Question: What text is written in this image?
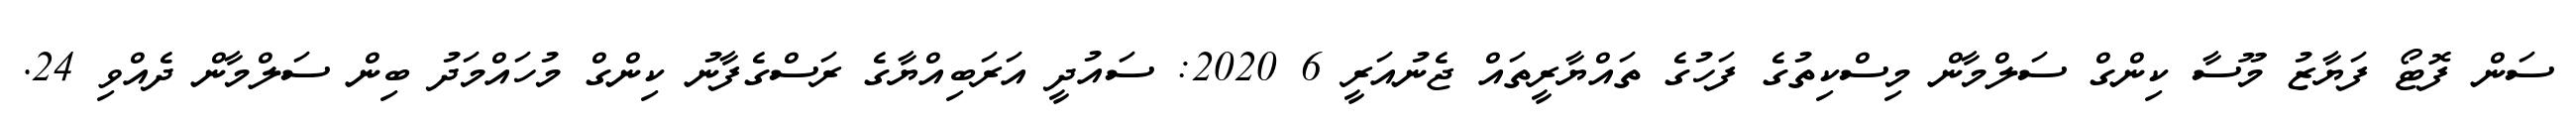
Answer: ސަން ފޮޓޯ ފަޔާޒު މޫސާ ކިންގް ސަލްމާން މިސްކިތުގެ ފަހުގެ ތައްޔާރީތައް ޖެނުއަރީ 6 2020: ސައުދީ އަރަބިއްޔާގެ ރަސްގެފާނު ކިންގް މުހައްމަދު ބިން ސަލްމާން ދެއްވި 24.